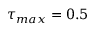
\tau _ { m a x } = 0 . 5